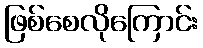
ဖြစ်စေလိုကြောင်း